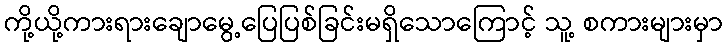
ကို့ယို့ကားရားချောမွေ့ပြေပြစ်ခြင်းမရှိသောကြောင့် သူ့ စကားများမှာ